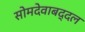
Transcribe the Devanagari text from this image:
सोमदेवाबद्दल